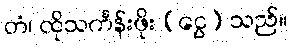
တံ၊ ထိုသင်္ကန်းဖိုး (ငွေ) သည်။